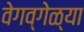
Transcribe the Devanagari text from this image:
वेगव्गेळ्या